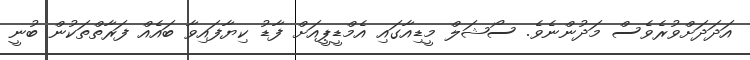
އަދަދަށްވުރެވެސް މަދުންނެވެ. ސޯޝަލް މީޑިއާގައި އެމްޑީޕީއަށް ފާޑު ކިޔާފައިވާ ބައެއް ފަރާތްތަކުން ބުނީ